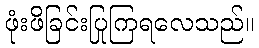
ဖုံးဖိခြင်းပြုကြရလေသည်။